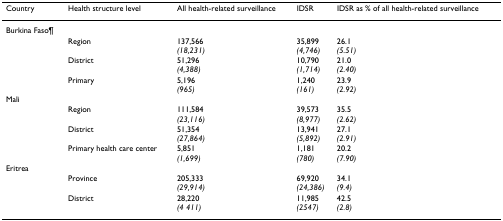
<table><thead><tr><td><b>Country</b></td><td><b>Health structure level</b></td><td><b>All health-related surveillance</b></td><td><b>IDSR</b></td><td><b>IDSR as % of all health-related surveillance</b></td></tr></thead><tbody><tr><td>Burkina Faso¶</td><td></td><td></td><td></td><td></td></tr><tr><td></td><td>Region</td><td>137,566<i>(18,231)</i></td><td>35,899<i>(4,746)</i></td><td>26.1<i>(5.51)</i></td></tr><tr><td></td><td>District</td><td>51,296<i>(4,388)</i></td><td>10,790<i>(1,714)</i></td><td>21.0<i>(2.40)</i></td></tr><tr><td></td><td>Primary</td><td>5,196<i>(965)</i></td><td>1,240<i>(161)</i></td><td>23.9<i>(2.92)</i></td></tr><tr><td>Mali</td><td></td><td></td><td></td><td></td></tr><tr><td></td><td>Region</td><td>111,584<i>(23,116)</i></td><td>39,573<i>(8,977)</i></td><td>35.5<i>(2.62)</i></td></tr><tr><td></td><td>District</td><td>51,354<i>(27,864)</i></td><td>13,941<i>(5,892)</i></td><td>27.1<i>(2.91)</i></td></tr><tr><td></td><td>Primary health care center</td><td>5,851<i>(1,699)</i></td><td>1,181<i>(780)</i></td><td>20.2<i>(7.90)</i></td></tr><tr><td>Eritrea</td><td></td><td></td><td></td><td></td></tr><tr><td></td><td>Province</td><td>205,333<i>(29,914)</i></td><td>69,920<i>(24,386)</i></td><td>34.1<i>(9.4)</i></td></tr><tr><td></td><td>District</td><td>28,220<i>(4 411)</i></td><td>11,985<i>(2547)</i></td><td>42.5<i>(2.8)</i></td></tr></tbody></table>